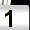
Digit: 1